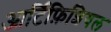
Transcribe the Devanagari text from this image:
आर्टिफ़िशियल